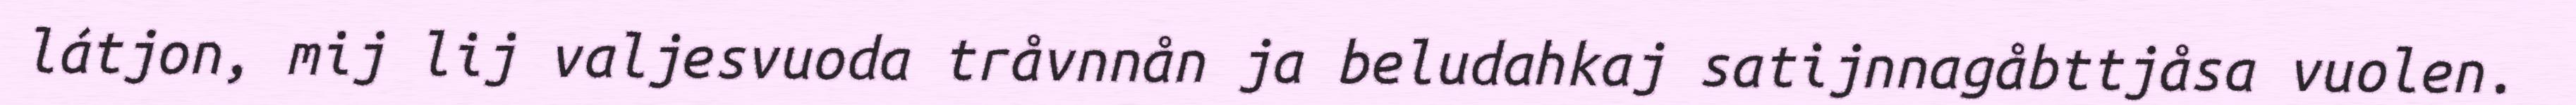
látjon, mij lij valjesvuoda tråvnnån ja beludahkaj satijnnagåbttjåsa vuolen.